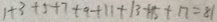
1 + 3 + 5 + 7 + 9 + 1 1 + 1 3 + 1 5 + 1 7 = 8 1